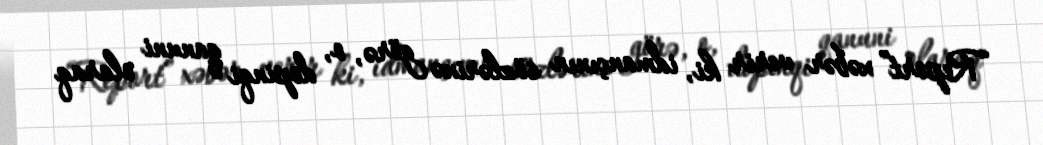
“Report” xəbər verir ki, idmançının sözlərinə görə, o, dopinqi qanuni olaraq